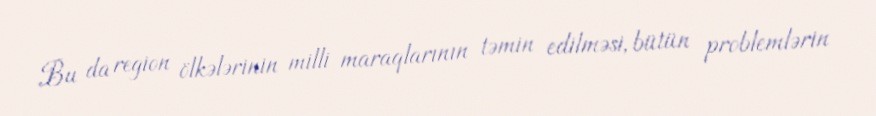
Bu da region ölkələrinin milli maraqlarının təmin edilməsi, bütün problemlərin